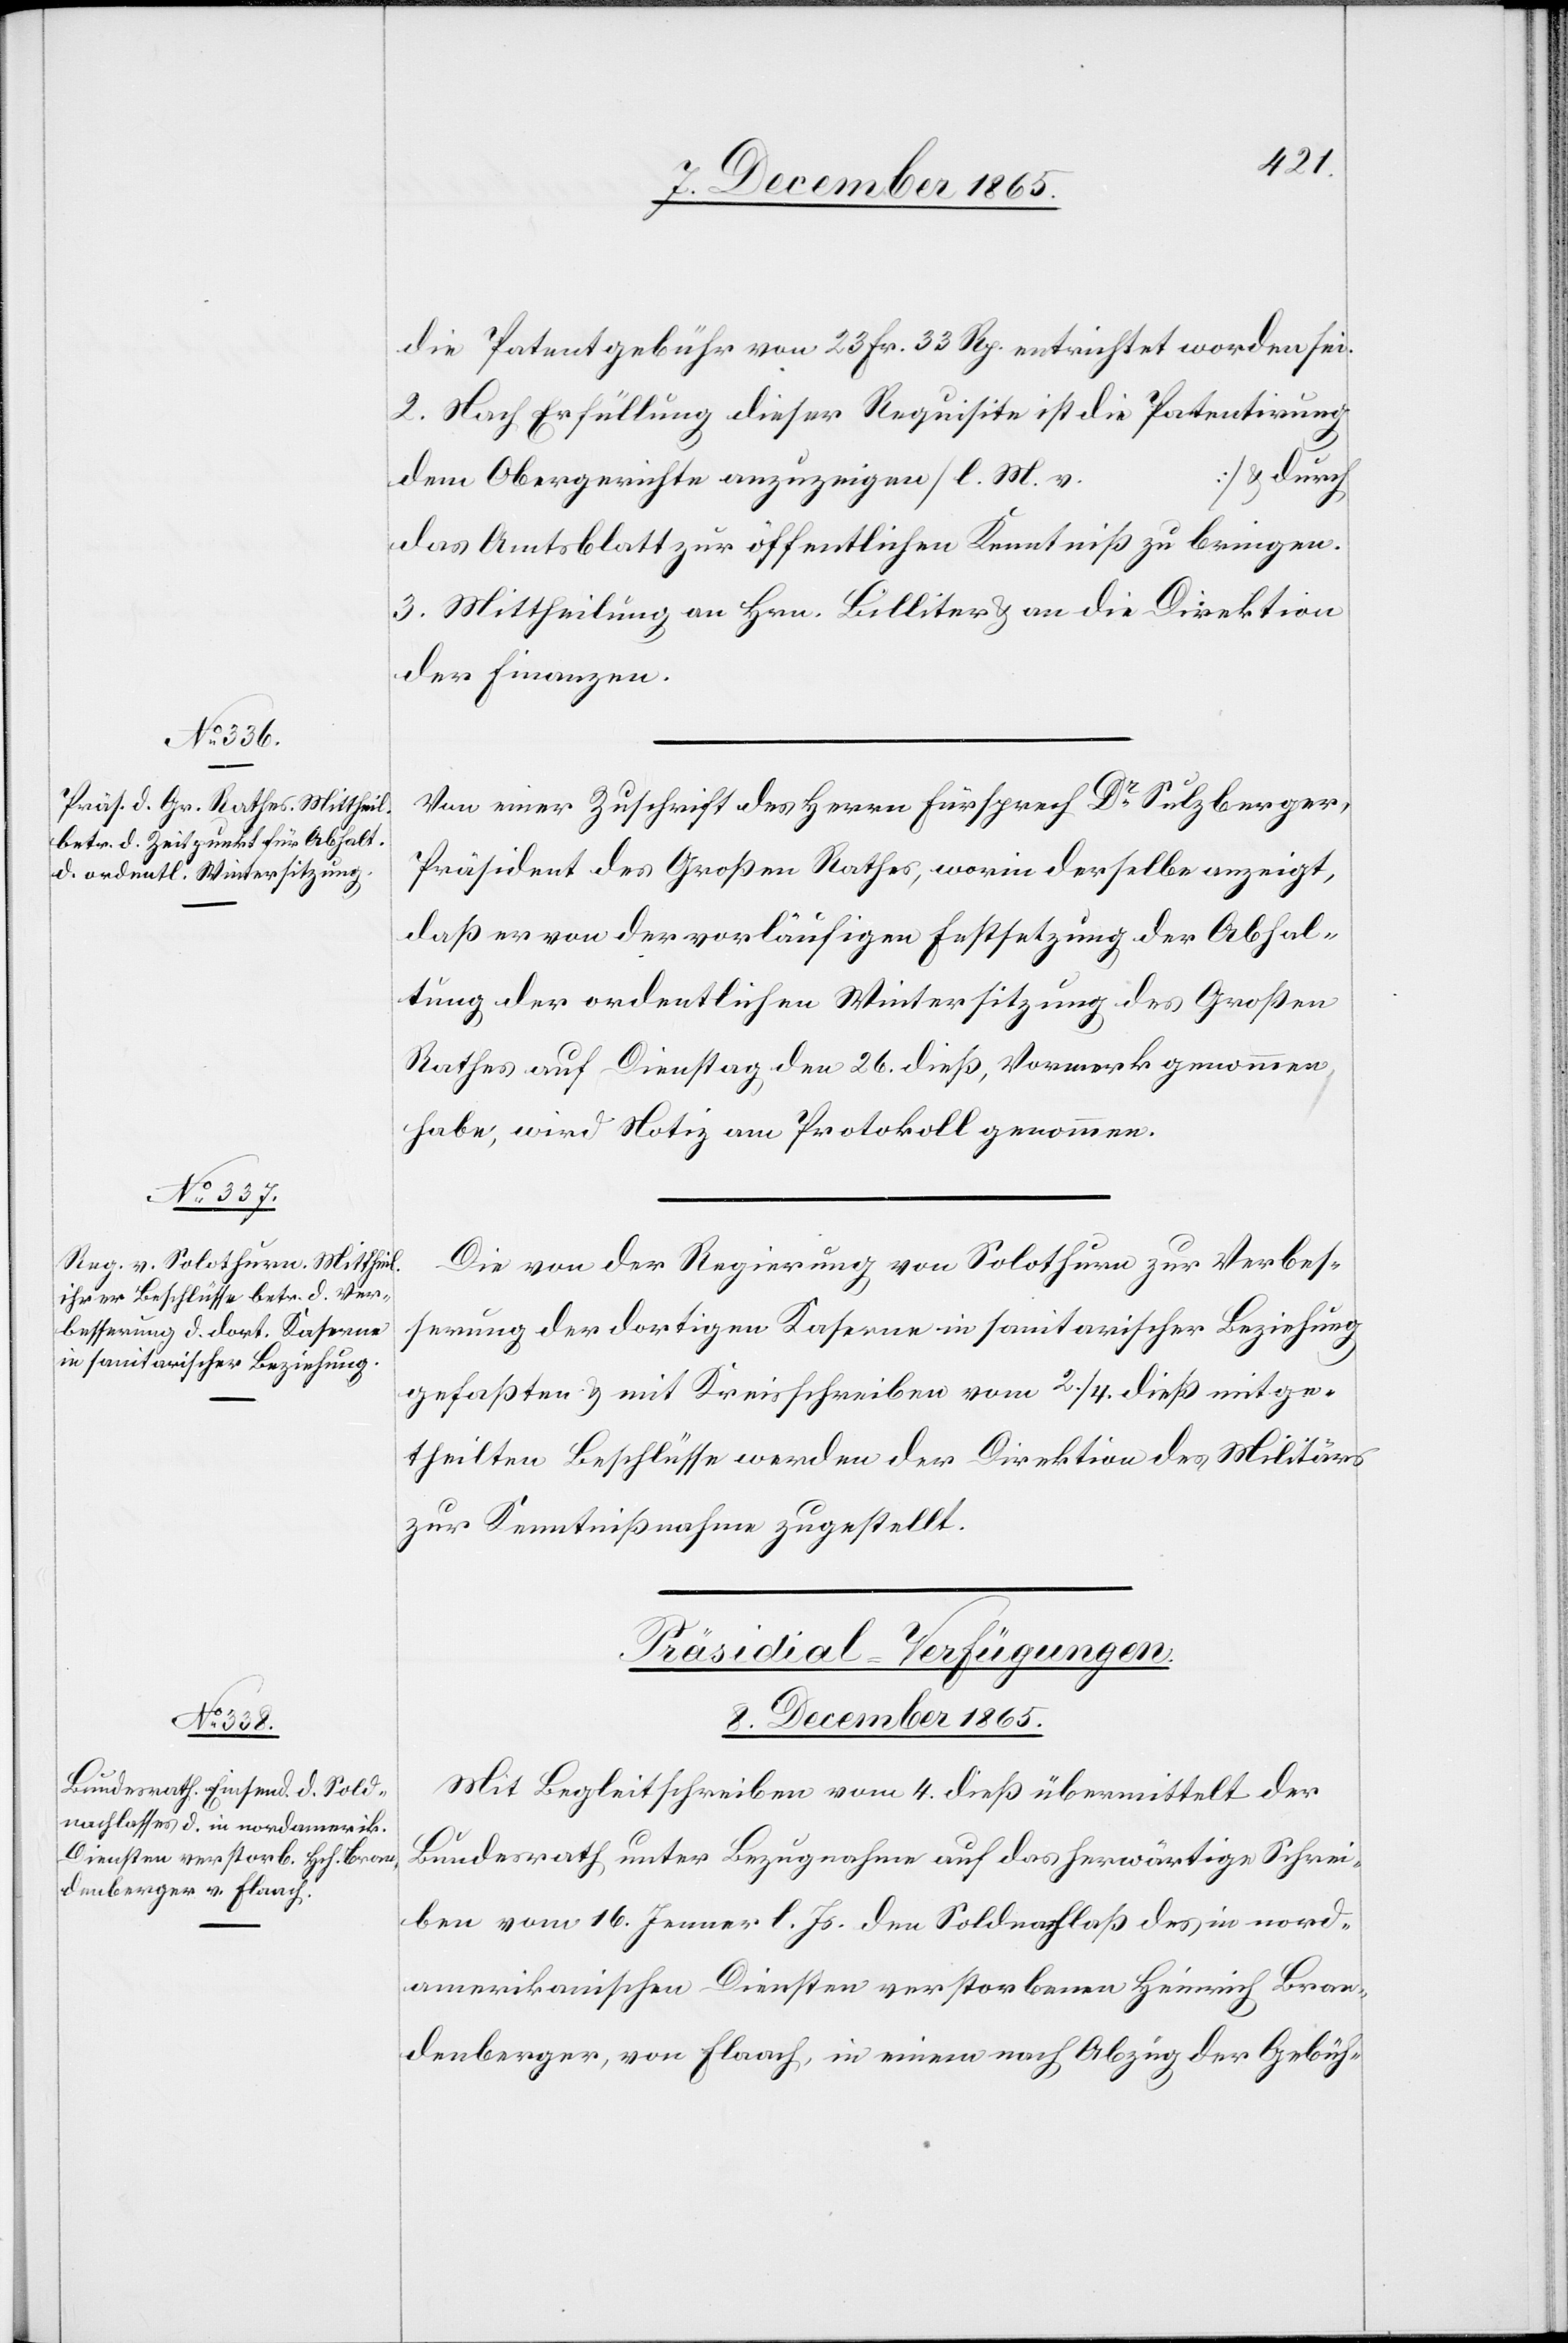
8. December 1865.
die Patentgebühr von 23 Frk. 33 Rp. entrichtet worden sei.
2. Nach Erfüllung dieser Requisition ist die Patentirung
…] & durch
dem Obergerichte anzuzeigen [l. M. v.
das Amtsblatt zur öffentlichen Kenntniß zu bringen.
3. Mittheilung an Hrn. Billiter & an die Direktion
der Finanzen.
Von einer Zuschrift des Herrn Fürsprech Dr Sulzberger,
Präsident des Großen Rathes, worin derselbe anzeigt,
daß er von der vorläufigen Festsetzung der Abhal¬
tung der ordentlichen Wintersitzung des Großen
Rathes auf Dienstag den 26. dieß, Vormerk genommen
habe, wird Notiz am Protokoll genommen.
Die von der Regierung von Solothurn zur Verbes¬
serung der dortigen Kaserne in sanitarischer Beziehung
gefaßten & mit Kreisschreiben vom 2./4. dieß mitge¬
theilten Beschlüsse werden der Direktion des Militärs
zur Kenntnißnahme zugestellt.
Präsidial-Verfügungen.
Mit Begleitschreiben vom 4. dieß übermittelt der
Bundesrath unter Bezugnahme auf das herwärtige Schrei¬
ben vom 16. Jenner l. Js. den Soldnachlaß des in nord¬
amerikanischen Diensten verstorbenen Heinrich Bran¬
denberger, von Flaach, in einem nach Abzug der Gebüh-